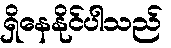
ရှိနေနိုင်ပါသည်